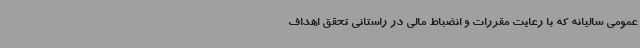
عمومی سالیانه که با رعایت مقررات و انضباط مالی در راستانی تحقق اهداف